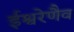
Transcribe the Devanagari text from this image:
ईश्वरेणैव